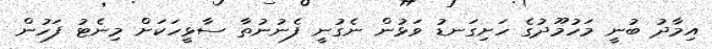
އިމާދު ބުނީ މަހުމޫދުގެ ހަށިގަނޑު ވަޅުން ނެގުނީ ފެނުނުތާ ސާޅީހަކަށް މިނެޓު ފަހުން